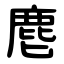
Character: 麀